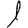
Digit: 1